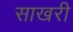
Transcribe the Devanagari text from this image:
साखरी